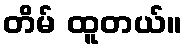
တိမ် ထူတယ်။